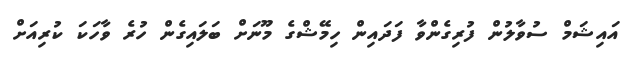
އައިޝަމް ސުވާލުން ފުރިގެންވާ ފަދައިން ހިމޭޝްގެ މޫނަށް ބަލައިގެން ހުރެ ވާހަކަ ކުރިއަށް